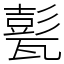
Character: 甏